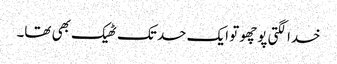
خدا لگتی پوچھو تو ایک حد تک ٹھیک بھی تھا۔